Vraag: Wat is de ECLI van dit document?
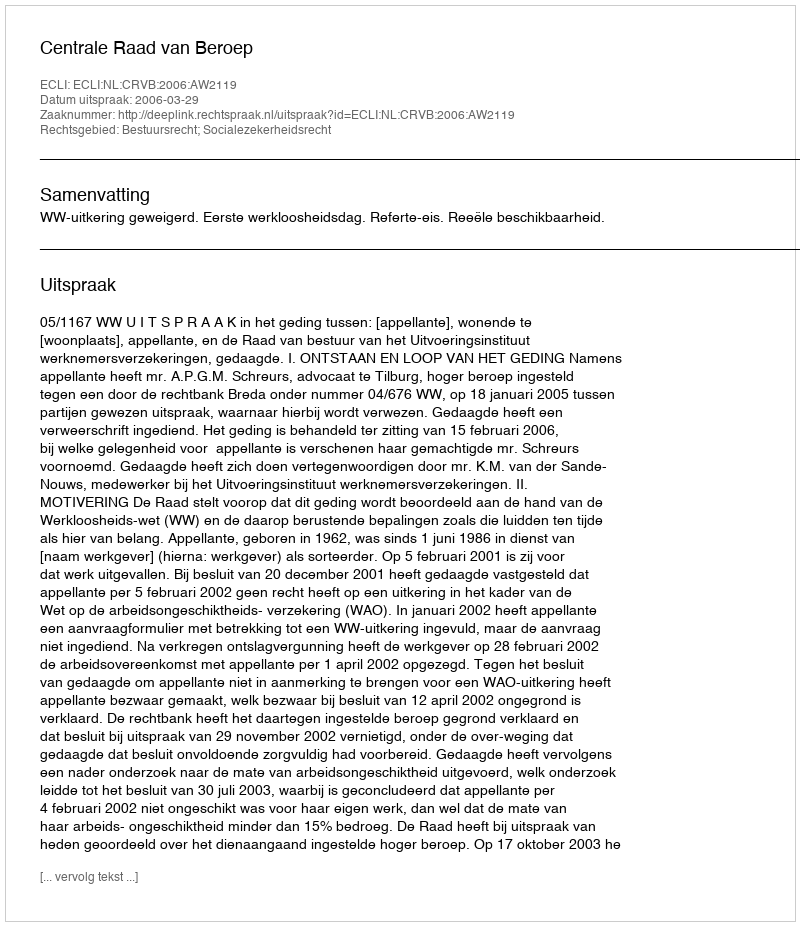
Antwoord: ECLI:NL:CRVB:2006:AW2119